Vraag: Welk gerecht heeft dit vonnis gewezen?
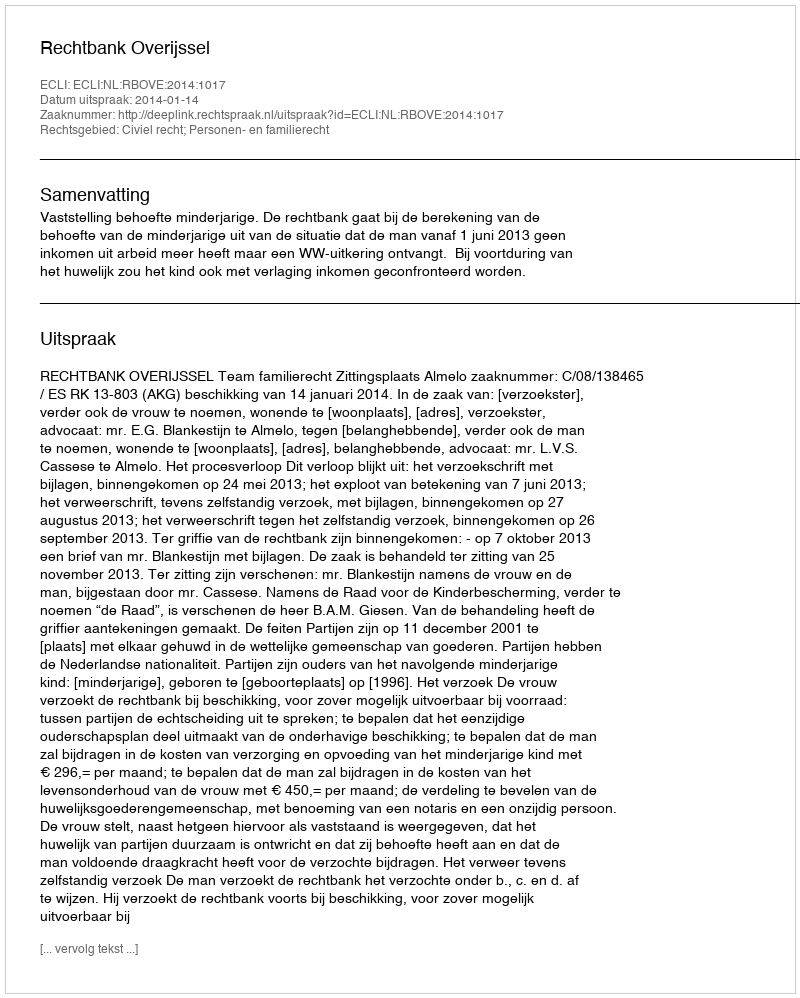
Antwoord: Rechtbank Overijssel